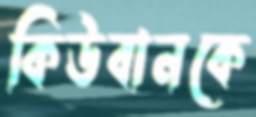
কিউবানকে